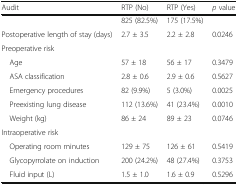
<table><thead><tr><td><b>Audit</b></td><td><b>RTP (No)</b></td><td><b>RTP (Yes)</b></td><td><b><i>p</i> value</b></td></tr></thead><tbody><tr><td></td><td>825 (82.5%)</td><td>175 (17.5%)</td><td></td></tr><tr><td>Postoperative length of stay (days)</td><td>2.7 ± 3.5</td><td>2.2 ± 2.8</td><td>0.0246</td></tr><tr><td colspan="4">Preoperative risk</td></tr><tr><td> Age</td><td>57 ± 18</td><td>56 ± 17</td><td>0.3479</td></tr><tr><td> ASA classification</td><td>2.8 ± 0.6</td><td>2.9 ± 0.6</td><td>0.5627</td></tr><tr><td> Emergency procedures</td><td>82 (9.9%)</td><td>5 (3.0%)</td><td>0.0025</td></tr><tr><td> Preexisting lung disease</td><td>112 (13.6%)</td><td>41 (23.4%)</td><td>0.0010</td></tr><tr><td> Weight (kg)</td><td>86 ± 24</td><td>89 ± 23</td><td>0.0746</td></tr><tr><td colspan="4">Intraoperative risk</td></tr><tr><td> Operating room minutes</td><td>129 ± 75</td><td>126 ± 61</td><td>0.5419</td></tr><tr><td> Glycopyrrolate on induction</td><td>200 (24.2%)</td><td>48 (27.4%)</td><td>0.3753</td></tr><tr><td> Fluid input (L)</td><td>1.5 ± 1.0</td><td>1.6 ± 0.9</td><td>0.5296</td></tr></tbody></table>